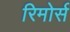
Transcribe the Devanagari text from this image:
रिमोर्स